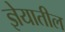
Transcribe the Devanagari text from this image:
ज्ञेयातील